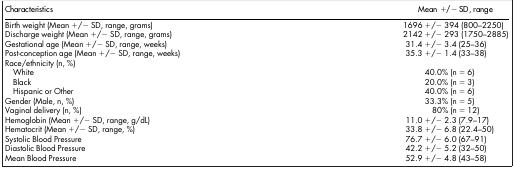
<table><thead><tr><td><b>Characteristics</b></td><td><b>Mean +/− SD, range</b></td></tr></thead><tbody><tr><td>Birth weight (Mean +/− SD, range, grams)</td><td>1696 +/− 394 (800–2250)</td></tr><tr><td>Discharge weight (Mean +/− SD, range, grams)</td><td>2142 +/− 293 (1750–2885)</td></tr><tr><td>Gestational age (Mean +/− SD, range, weeks)</td><td>31.4 +/− 3.4 (25–36)</td></tr><tr><td>Post-conception age (Mean +/− SD, range, weeks)</td><td>35.3 +/− 1.4 (33–38)</td></tr><tr><td>Race/ethnicity (n, %)</td><td> </td></tr><tr><td> White</td><td>40.0% (n = 6)</td></tr><tr><td> Black</td><td>20.0% (n = 3)</td></tr><tr><td> Hispanic or Other</td><td>40.0% (n = 6)</td></tr><tr><td>Gender (Male, n, %)</td><td>33.3% (n = 5)</td></tr><tr><td>Vaginal delivery (n, %)</td><td>80% (n = 12)</td></tr><tr><td>Hemoglobin (Mean +/− SD, range, g/dL)</td><td>11.0 +/− 2.3 (7.9–17)</td></tr><tr><td>Hematocrit (Mean +/− SD, range, %)</td><td>33.8 +/− 6.8 (22.4–50)</td></tr><tr><td>Systolic Blood Pressure</td><td>76.7 +/− 6.0 (67–91)</td></tr><tr><td>Diastolic Blood Pressure</td><td>42.2 +/− 5.2 (32–50)</td></tr><tr><td>Mean Blood Pressure</td><td>52.9 +/− 4.8 (43–58)</td></tr></tbody></table>